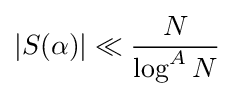
|S(\alpha )|\ll {\frac {N}{\log ^{A}N}}